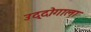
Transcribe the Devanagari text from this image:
उद्दोगाला